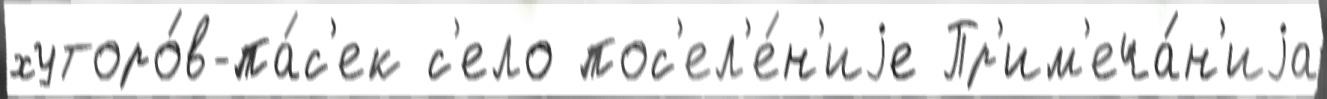
хуторо́в-па́с'ек с'ело пос'ел'е́н'иjе Пр'им'еча́н'иjа